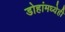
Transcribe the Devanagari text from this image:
डोहांमध्येही